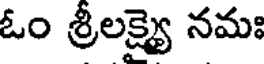
ఓం శ్రీలక్ష్యై నమః